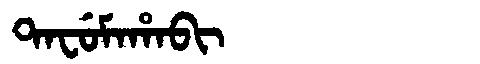
Manchu: ᡨᠠᠸᡠᠮᠠᡥᠠᠪᡳ
Romanization: TAFUMAHABI